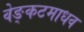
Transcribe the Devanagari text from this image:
वेङ्कटमाधव